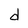
Character: d